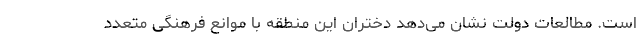
است. مطالعات دولت نشان می‌دهد دختران این منطقه با موانع فرهنگی متعدد